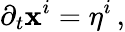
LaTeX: \partial_{t}\mathbf{x}^{i}=\eta^{i}\, ,